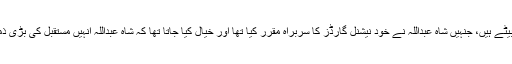
شہزادہ متعب سابق شاہ عبداللہ کے بیٹے ہیں، جنہیں شاہ عبداللہ نے خود نیشنل گارڈز کا سربراہ مقرر کیا تھا اور خیال کیا جاتا تھا کہ شاہ عبداللہ اُنہیں مستقبل کی بڑی ذمہ داری کے لئے تیار کر رہے ہیں۔